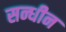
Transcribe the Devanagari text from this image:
सन्धीन